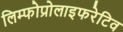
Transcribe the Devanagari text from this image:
लिम्फोप्रोलाइफरेटिव